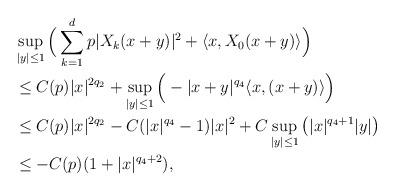
LaTeX: \begin{align*}&\sup_{|y|\le 1}\Big(\sum_{k=1}^d p|X_k(x+y)|^2+\langle x , X_0(x+y)\rangle \Big)\\&\le C(p)|x|^{2q_2}+\sup_{|y|\le 1}\Big(-|x+y|^{q_4}\langle x, (x+y)\rangle\Big)\\&\le C(p)|x|^{2q_2}-C(|x|^{q_4}-1)|x|^2+C\sup_{|y|\le 1}\big(|x|^{q_4+1}|y|\big)\\&\le -C(p)(1+|x|^{q_4+2}),\end{align*}